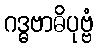
ဂဒ္ဓဗာဓိပုဗ္ဗံ